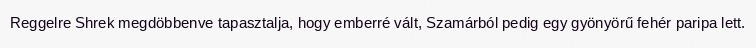
Reggelre Shrek megdöbbenve tapasztalja, hogy emberré vált, Szamárból pedig egy gyönyörű fehér paripa lett.